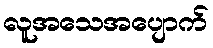
လူအသေအပျောက်